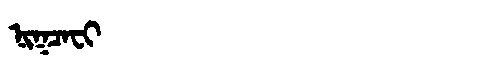
Manchu: ᠨᡳᡴᠴᠠᠸᡳ
Romanization: NIKCAFI